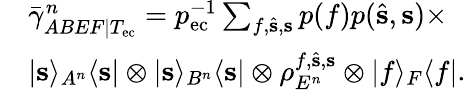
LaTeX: \begin{array}{rl}&{\bar{\gamma}_{ABEF|T_{\mathrm{ec}}}^{n}=p_{\mathrm{ec}}^{-1}\sum_{f,\hat{\mathbf{s}},\mathbf{s}}p(f)p(\hat{\mathbf{s}},\mathbf{s})\times}\\ &{\vert\mathbf{s}\rangle_{A^{n}}\langle\mathbf{s}\vert\otimes\vert\mathbf{s}\rangle_{B^{n}}\langle\mathbf{s}\vert\otimes\rho_{E^{n}}^{f,\hat{\mathbf{s}},\mathbf{s}}\otimes\vert f\rangle_{F}\langle f\vert.}\end{array}